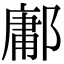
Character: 鄘